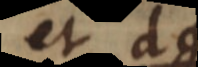
et d